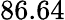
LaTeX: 86.64